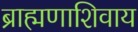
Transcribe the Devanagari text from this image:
ब्राह्मणाशिवाय